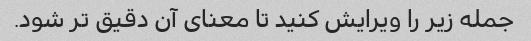
جمله زیر را ویرایش کنید تا معنای آن دقیق تر شود.